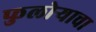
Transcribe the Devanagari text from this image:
फुलोऱ्याचा